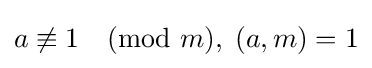
a\not \equiv 1{\pmod {m}},\;(a,m)=1